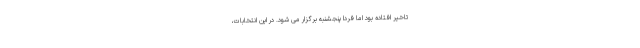
تاخیر افتاده بود اما فردا پنجشنبه برگزار می شود. در این انتخابات،